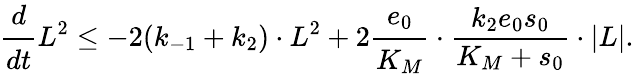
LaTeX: \cfrac{d}{dt}L^{2}\leq-2(k_{-1}+k_{2})\cdot L^{2}+2\cfrac{e_{0}}{K_{M}}\cdot\frac{k_{2}e_{0}s_{0}}{K_{M}+s_{0}}\cdot|L|.